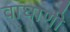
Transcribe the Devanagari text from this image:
वाघाणी